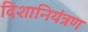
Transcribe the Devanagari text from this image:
दिशानियंत्रण